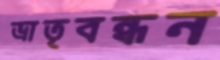
ভ্রাতৃবন্ধন